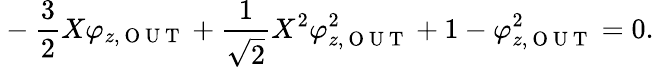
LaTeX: {}-\frac{3}{2}X\varphi_{z,\mathrm{~O~U~T~}}+\frac{1}{\sqrt{2}}X^{2}\varphi_{z,\mathrm{~O~U~T~}}^{2}+1-\varphi_{z,\mathrm{~O~U~T~}}^{2}=0.